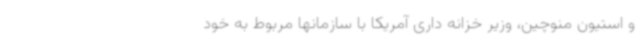
و استیون منوچین، وزیر خزانه داری آمریکا با سازمانها مربوط به خود